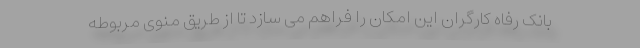
بانک رفاه کارگران این امکان را فراهم می سازد تا از طریق منوی مربوطه